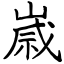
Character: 𡻕